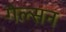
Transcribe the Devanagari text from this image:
गेल्सन